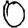
Digit: 0